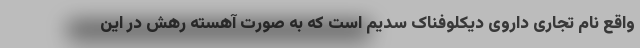
واقع نام تجاری داروی دیکلوفناک سدیم است که به صورت آهسته رهش در این